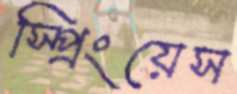
স্প্রিংয়েস